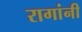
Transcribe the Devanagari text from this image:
रागांनी